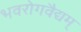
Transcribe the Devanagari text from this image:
भवरोगवैद्यम्